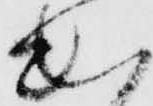
出